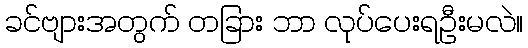
ခင်ဗျားအတွက် တခြား ဘာ လုပ်ပေးရဦးမလဲ။